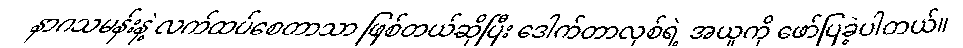
နာဂသမန်းနဲ့ လက်ထပ်စေတာသာ ဖြစ်တယ်ဆိုပြီး ဒေါက်တာလုစ်ရဲ့ အယူကို ဖော်ပြခဲ့ပါတယ်။